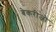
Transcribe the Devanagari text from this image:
बेकरीजो